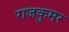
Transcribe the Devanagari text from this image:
राजकुमर